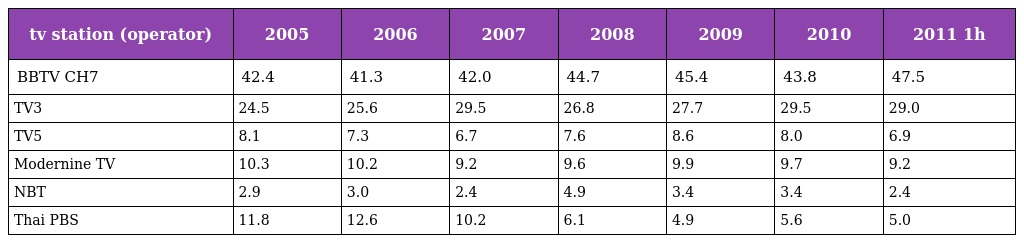
| tv station (operator) | 2005 | 2006 | 2007 | 2008 | 2009 | 2010 | 2011 1h |
 | --- | --- | --- | --- | --- | --- | --- | --- |
 | BBTV CH7 | 42.4 | 41.3 | 42.0 | 44.7 | 45.4 | 43.8 | 47.5 |
 | TV3 | 24.5 | 25.6 | 29.5 | 26.8 | 27.7 | 29.5 | 29.0 |
 | TV5 | 8.1 | 7.3 | 6.7 | 7.6 | 8.6 | 8.0 | 6.9 |
 | Modernine TV | 10.3 | 10.2 | 9.2 | 9.6 | 9.9 | 9.7 | 9.2 |
 | NBT | 2.9 | 3.0 | 2.4 | 4.9 | 3.4 | 3.4 | 2.4 |
 | Thai PBS | 11.8 | 12.6 | 10.2 | 6.1 | 4.9 | 5.6 | 5.0 |